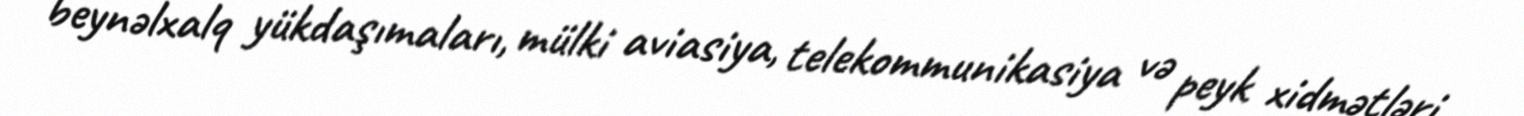
beynəlxalq yükdaşımaları, mülki aviasiya, telekommunikasiya və peyk xidmətləri